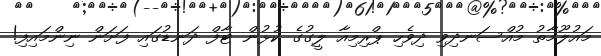
މައުލޫމާތު މުއްސަނދިވި ދިވެހި ޕްރިމިއާ ލީގުގެ ކުޅުން ޓާފް ދަނޑުގައި ފަށަން ނިންމައިފި!